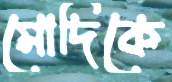
মোদিকে